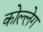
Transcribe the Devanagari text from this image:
कोल्लेग